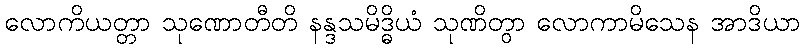
လောကိယတ္တာ သုဏောတီတိ နန္ဒသမိဒ္ဓိယံ သုဏိတွာ လောကာမိသေန အာဒိယာ